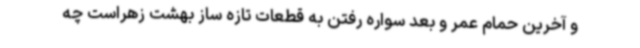
و آخرین حمام عمر و بعد سواره رفتن به قطعات تازه ساز بهشت زهراست چه